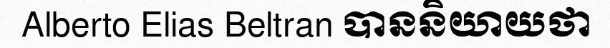
Alberto Elias Beltran បាននិយាយថា